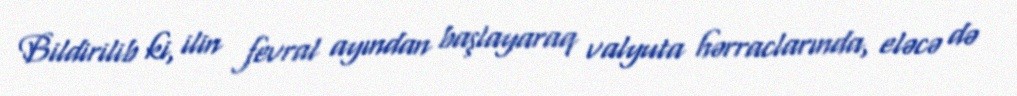
Bildirilib ki, ilin fevral ayından başlayaraq valyuta hərraclarında, eləcə də